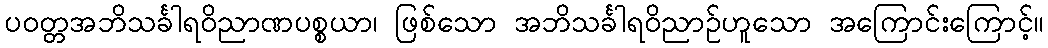
ပဝတ္တအဘိသင်္ခါရဝိညာဏပစ္စယာ၊ ဖြစ်သော အဘိသင်္ခါရဝိညာဉ်ဟူသော အကြောင်းကြောင့်။